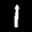
Label: 1